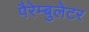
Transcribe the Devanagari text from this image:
पैरेम्बुलेटर